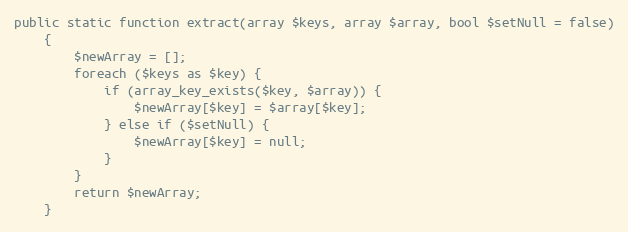
Language: PHP
public static function extract(array $keys, array $array, bool $setNull = false)
    {
        $newArray = [];
        foreach ($keys as $key) {
            if (array_key_exists($key, $array)) {
                $newArray[$key] = $array[$key];
            } else if ($setNull) {
                $newArray[$key] = null;
            }
        }
        return $newArray;
    }